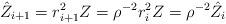
LaTeX: \begin{align*} \hat{Z}_{i+1} = r_{i+1}^2 Z = \rho^{-2} r_{i}^2 Z = \rho^{-2}\hat{Z}_i \end{align*}